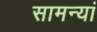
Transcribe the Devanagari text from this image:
सामन्यां